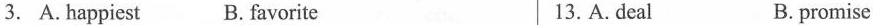
3. A. happiest B. favorite 13. A. deal B. promise